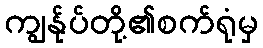
ကျွန်ုပ်တို့၏စက်ရုံမှ